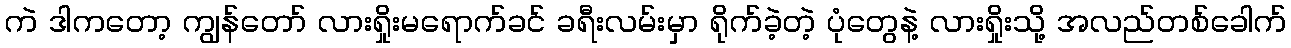
ကဲ ဒါကတော့ ကျွန်တော် လားရှိုးမရောက်ခင် ခရီးလမ်းမှာ ရိုက်ခဲ့တဲ့ ပုံတွေနဲ့ လားရှိုးသို့ အလည်တစ်ခေါက်